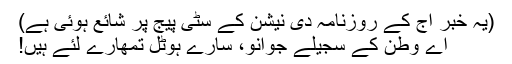
(یہ خبر آج کے روزنامہ دی نیشن کے سٹی پیج پر شائع ہوئی ہے)
اے وطن کے سجیلے جوانو، سارے ہوٹل تمھارے لئے ہیں!